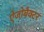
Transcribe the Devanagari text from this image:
ऐजोबैक्टर